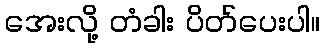
အေးလို့ တံခါး ပိတ်ပေးပါ။